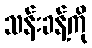
သန်းခန့်ကို